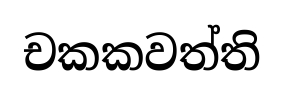
චකකවත්ති